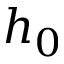
h _ { 0 }